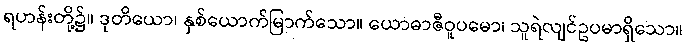
ရဟန်းတို့၌။ ဒုတိယော၊ နှစ်ယောက်မြာက်သော။ ယောဓာဇီဝူပမော၊ သူရဲလျင်ဥပမာရှိသော။